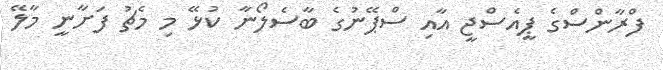
ފްރާންސްގެ ޕީއެސްޖީ އާއި ސްޕޭނުގެ ބާސެލޯނާ ކުޅޭ މި މެޗު ފަށާނީ މާލޭ